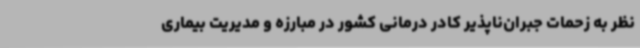
نظر به زحمات جبران‌ناپذیر کادر درمانی کشور در مبارزه و مدیریت بیماری